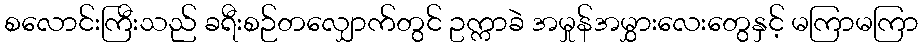
စလောင်းကြီးသည် ခရီးစဉ်တလျှောက်တွင် ဥက္ကာခဲ အမှုန်အမွှားလေးတွေနှင့် မကြာမကြာ